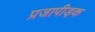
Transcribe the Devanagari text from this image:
प्रजापीड़क